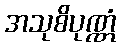
အသုစိပုဏ္ဏံ